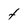
Character: t